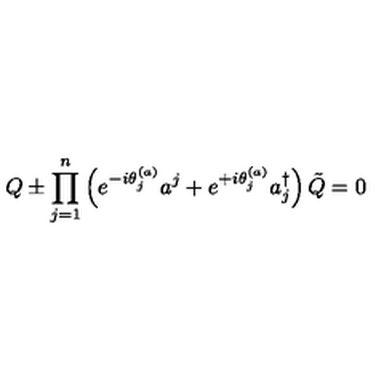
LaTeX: Q \pm \prod _ { j = 1 } ^ { n } \left( e ^ { - i \theta _ { j } ^ { ( a ) } } a ^ { j } + e ^ { + i \theta _ { j } ^ { ( a ) } } a _ { j } ^ { \dagger } \right) \tilde { Q } = 0